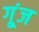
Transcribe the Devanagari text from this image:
गू्ंज